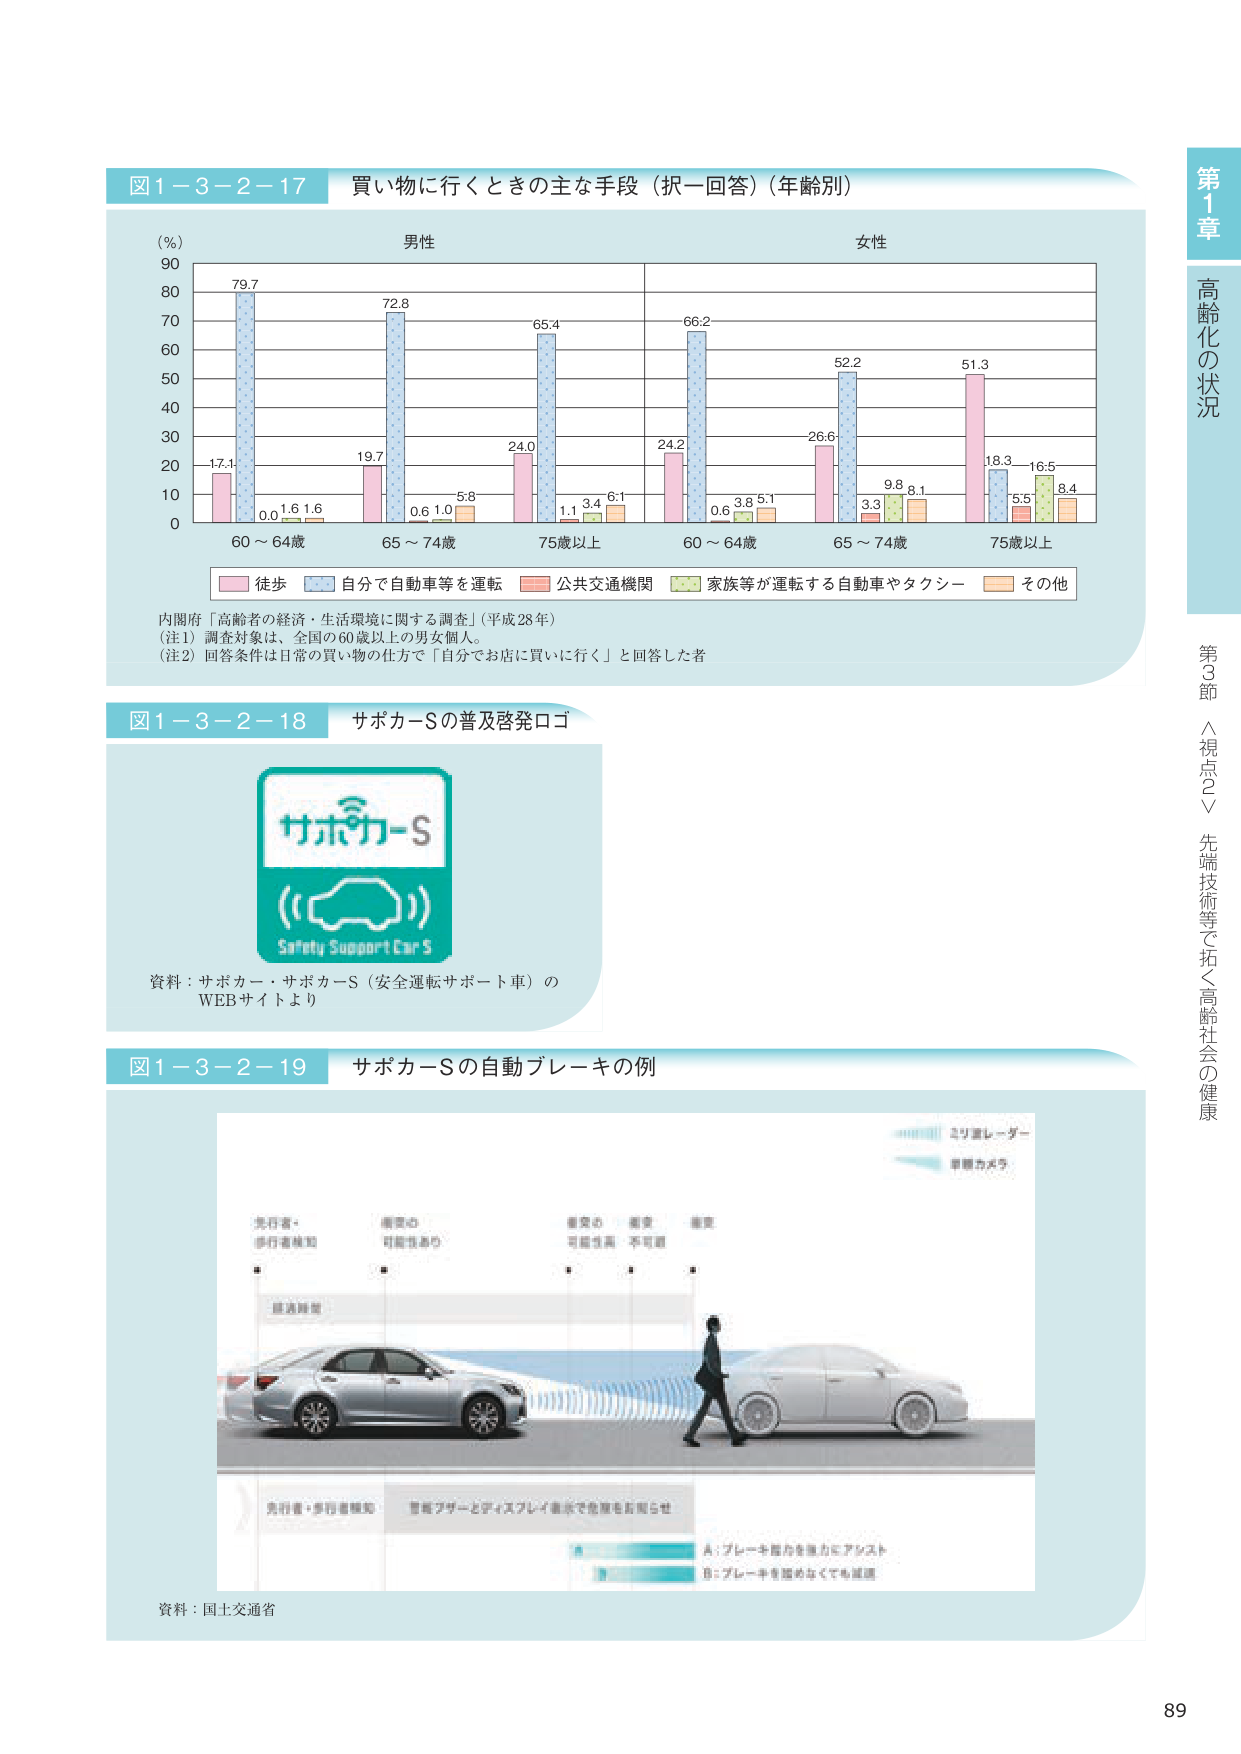
図1-3-2-17 買い物に行くときの主な手段（択一回答）（年齢別）

(%)
90
80
70
60
50
40
30
20
10
0

男性
女性

79.7
17.1
0.0
1.6
1.6
60～64歳

72.8
19.7
0.6
1.0
5.8
65～74歳

65.4
24.0
1.1
3.4
6.1
75歳以上

66.2
24.2
0.6
3.6
5.1
60～64歳

52.2
26.6
3.3
9.8
8.1
65～74歳

51.3
18.3
5.5
16.5
8.4
75歳以上

■ 徒歩
■ 自分で自動車等を運転
■ 公共交通機関
■ 家族等が運転する自動車やタクシー
■ その他

内閣府「高齢者の経済・生活環境に関する調査」（平成28年）
（注1）調査対象は、全国の60歳以上の男女個人。
（注2）回答条件は日常の買い物の仕方で「自分でお店に買いに行く」と回答した者

図1-3-2-18 サポカーSの普及啓発ロゴ

サポカーS
Safety Support Car S

資料：サポカー・サポカーS（安全運転サポート車）の
WEBサイトより

図1-3-2-19 サポカーSの自動ブレーキの例

先行者・
歩行者検知
衝突の
可能性あり
衝突の
可能性高
衝突
不可避
衝突

ミリ波レーダー
単眼カメラ

警告音
警告ブザーとディスプレイ表示で危険を知らせ

A：ブレーキ踏みを強力にアシスト
B：ブレーキを踏めなくても減速

資料：国土交通省

第1章 高齢化の状況
第3節 〈視点2〉先端技術等で拓く高齢社会の健康

89